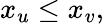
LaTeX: x_{u}\le x_{v},